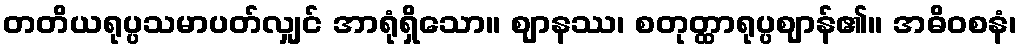
တတိယရုပ္ပသမာပတ်လျှင် အာရုံရှိသော။ ဈာနဿ၊ စတုတ္ထာရုပ္ပဈာန်၏။ အဓိဝစနံ၊